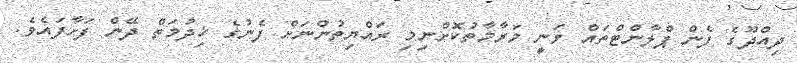
ދިއްދޫގެ ފެން ޕްލާންޓްތައް ވަނީ މަރާމާތުކޮށްނިމި ރައްޔިތުންނަށް ފެނުގެ ޚިދުމަތް ދޭން ފަށާފައެވެ.